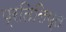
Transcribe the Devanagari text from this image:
प्रतिलिप्त